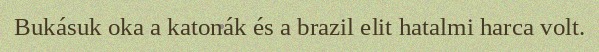
Bukásuk oka a katonák és a brazil elit hatalmi harca volt.